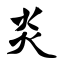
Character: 炎